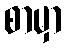
စာမှာ